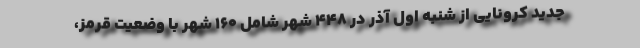
جدید کرونایی از شنبه اول آذر در ۴۴۸ شهر شامل ۱۶۰ شهر با وضعیت قرمز،